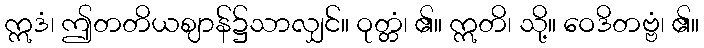
ဣဒံ၊ ဤတတိယဈာန်၌သာလျှင်။ ဝုတ္တံ၊ ၏။ ဣတိ၊ သို့။ ဝေဒိတဗ္ဗံ၊ ၏။